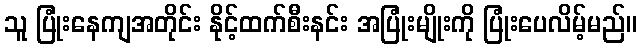
သူ ပြုံးနေကျအတိုင်း နိုင့်ထက်စီးနင်း အပြုံးမျိုးကို ပြုံးပေလိမ့်မည်။